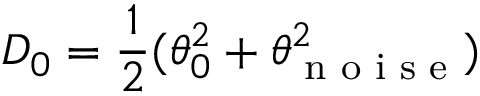
D _ { 0 } = \frac { 1 } { 2 } ( \theta _ { 0 } ^ { 2 } + \theta _ { \textrm { n o i s e } } ^ { 2 } )